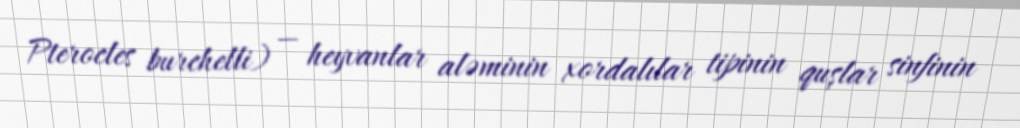
Pterocles burchelli) — heyvanlar aləminin xordalılar tipinin quşlar sinfinin